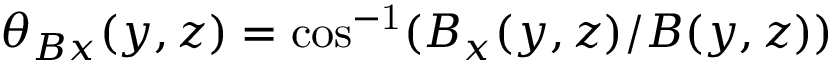
\theta _ { B x } ( y , z ) = \mathrm { c o s ^ { - 1 } } ( B _ { x } ( y , z ) / B ( y , z ) )